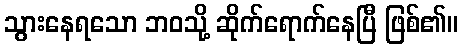
သွားနေရသော ဘဝသို့ ဆိုက်ရောက်နေပြီ ဖြစ်၏။